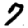
Digit: 7